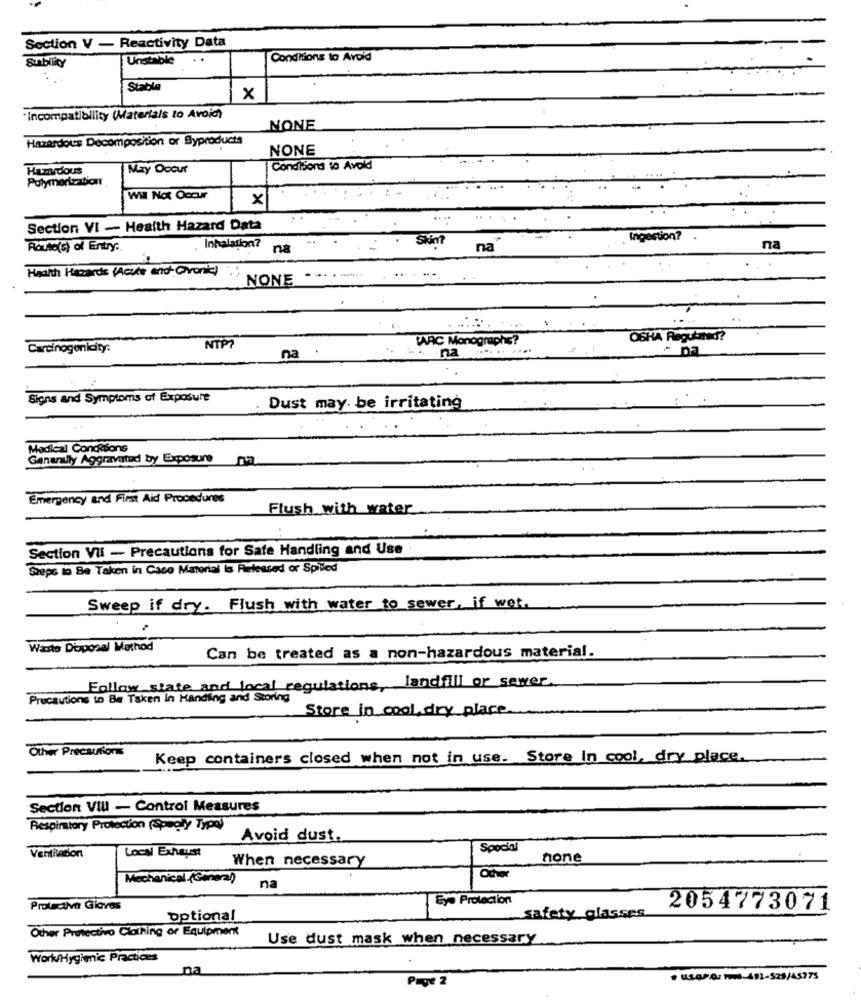
Section V - Reactivity Data
Unstable
Conditions to Avoid
Stable
x
.Incompatibility (Materials to Avoid)
NONE
Hazardous Decomposition or Byproducts
NONE
Hazardous
May Occur
Conditions to Avoid
Polymerizabort
Wil Not Occur
x
Section VI - Health Hazard Data
Ingestion?
Route(s) of Entry ..
Inhalation?
na
Skint
na
na
Health Hecards (Acute end- Civonic)
NONE
..
PARC Monographe?
OSHA Regutand?
Carcinogenicity:
NTP?
na .
... . na
Signs and Symptoms of Exposure
:.
Dust may. be irritating
Medical Conditions
Ganarully Aggravated by Exposure
Emergency and First Aid Procedures
Flush with water
Section Vil - Precautions for Safe Handling and Use
Steps to Be Taken in Caso Material is Released or Spilled
Sweep if dry. Flush with water to sewer, if wer.
Waste Disposal Method
Can be treated as a non-hazardous material.
Follow state and local regulations, landfill or sewer
Precautions to Be Taken in Handing and Storing
Store in cool, dry place
Other Precautions
Keep containers closed when not in use. Store in cool, dry place.
Section VIII - Control Measures
Respiratory Protection (Spagly Type)
Avoid dust.
Special
Ventilation
Local Exhaust
When necessary
none
Mechanical (General)
na
Eye Protection
Protectiva Gloves
safety glasses
2054773071
optional
Other Protective Clothing of Equipment
Use dust mask when necessary
Work Hygienic Practices
na
Page 2
· usar os had-492-528/45775